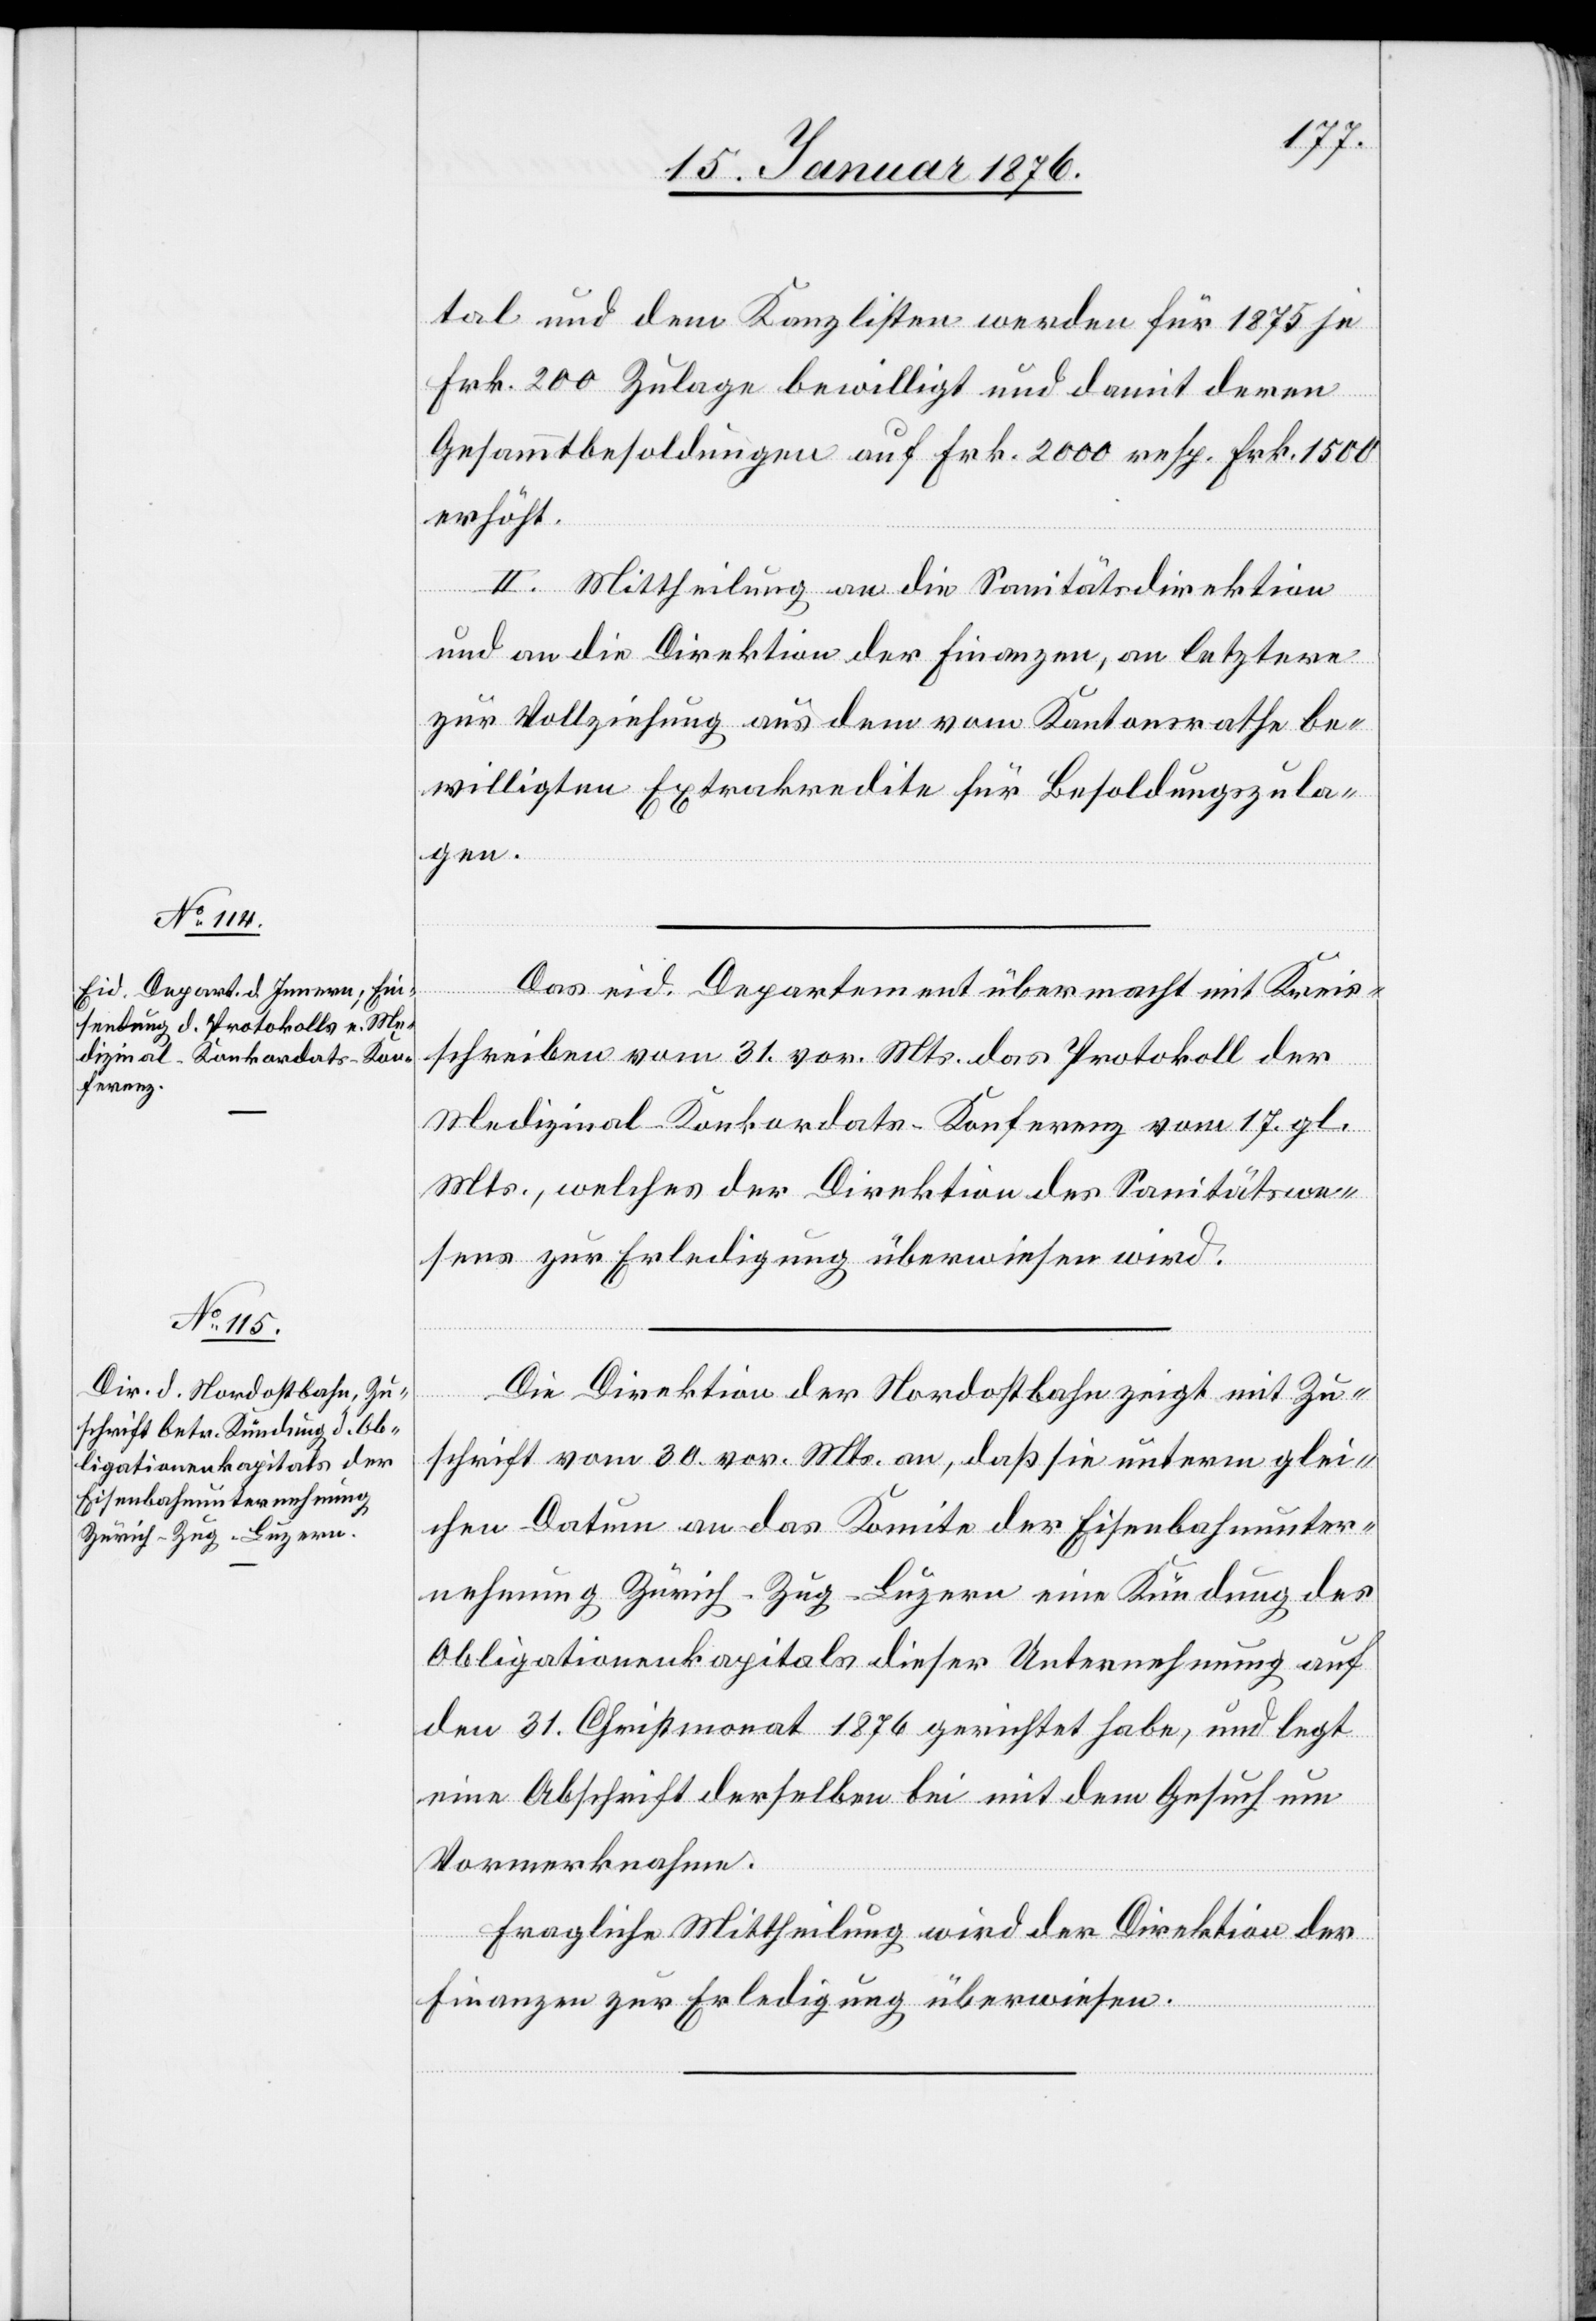
tal und dem Kanzlisten werden für 1875 je
Frk. 200 Zulage bewilligt und damit deren
Gesammtbesoldungen auf Frk. 2000 resp. Frk. 1500
erhöht.
II. Mittheilung an die Sanitätsdirektion
und an die Direktion der Finanzen, an letztere
zur Vollziehung aus dem vom Kantonsrathe be¬
willigten Extrakredite für Besoldungszula¬
gen.
Das eid. Departement übermacht mit Kreis¬
schreiben vom 31. vor. Mts. das Protokoll der
Medizinal-Konkordats-Konferenz vom 17. gl.
Mts., welches der Direktion des Sanitätswe¬
sens zur Erledigung überwiesen wird.
Die Direktion der Nordostbahn zeigt mit Zu¬
schrift vom 30. vor. Mts. an, daß sie unterm glei¬
chen Datum an das Komitee der Eisenbahnunter¬
nehmung Zürich-Zug-Luzern eine Kündung der
Obligationenkapitals dieser Unternehmung auf
den 31. Christmonat 1876 gerichtet habe, und legt
eine Abschrift derselben bei mit dem Gesuch um
Vormerknahme.
Fragliche Mittheilung wird der Direktion der
Finanzen zur Erledigung überwiesen.